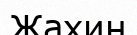
Жахин